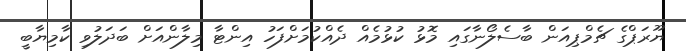
ޔޫރަޕްގެ ޗެމްޕިއަން ބާސެލޯނާގައި މޮޅު ކުޅުމެއް ދެއްކުމަށްފަހު އިންޓާ މިލާންއަށް ބަދަލުވި ކާމިޔާބީ